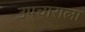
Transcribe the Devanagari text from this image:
उपचाराला